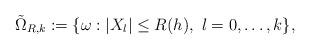
LaTeX: \begin{align*}\tilde{\Omega}_{R,k}:=\{\omega:|X_{l}|\leq R(h),\ l=0,\ldots,k\},\ \end{align*}